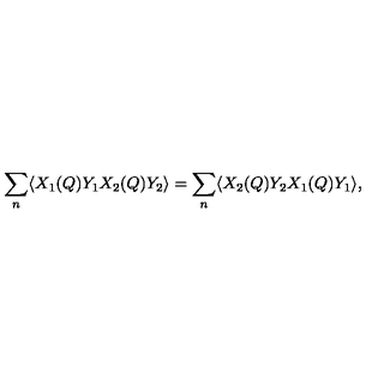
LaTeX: \sum _ { n } \langle X _ { 1 } ( Q ) Y _ { 1 } X _ { 2 } ( Q ) Y _ { 2 } \rangle = \sum _ { n } \langle X _ { 2 } ( Q ) Y _ { 2 } X _ { 1 } ( Q ) Y _ { 1 } \rangle ,